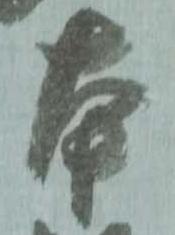
本